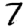
Digit: 7